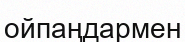
ойпаңдармен